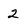
Character: 2